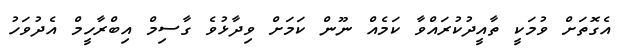
އެގޮތަށް ވުމަކީ ތާއީދުކުރައްވާ ކަމެއް ނޫން ކަަމަށް ވިދާޅުވެ ގާސިމް އިބްރާހީމް އެދުވަހު